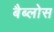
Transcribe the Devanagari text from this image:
बैब्लोस